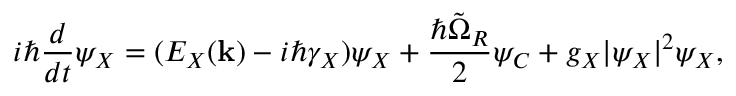
i \hbar \frac { d } { d t } \psi _ { X } = ( E _ { X } ( { \bf k } ) - i \hbar \gamma _ { X } ) \psi _ { X } + \frac { \hbar \tilde { \Omega } _ { R } } { 2 } \psi _ { C } + g _ { X } | \psi _ { X } | ^ { 2 } \psi _ { X } ,